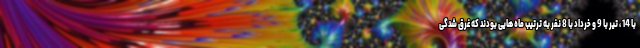
با 14 ، تیر با 9 و خرداد با 8 نفر به ترتیب ماه هایی بودند که غرق شدگی